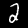
Digit: 2